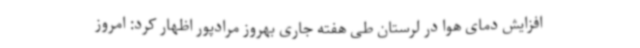
افزایش دمای هوا در لرستان طی هفته جاری بهروز مرادپور اظهار کرد: امروز